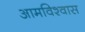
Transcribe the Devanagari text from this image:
आमविश्वास